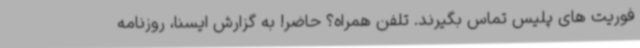
فوریت های پلیس تماس بگیرند. تلفن همراه؟ حاضر! به گزارش ایسنا، روزنامه